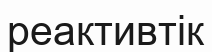
реактивтік